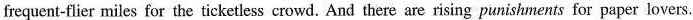
frequent-flier miles for the ticketless crowd. And there are rising punishments for paper lovers.